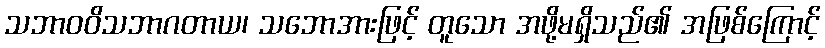
သဘာဝဝိသဘာဂတာယ၊ သဘောအားဖြင့် တူသော အဖို့မရှိသည်၏ အဖြစ်ကြောင့်